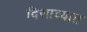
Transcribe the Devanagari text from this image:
दिसाव्यात